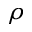
\rho